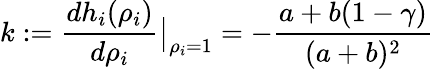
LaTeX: k:=\frac{dh_{i}(\rho_{i})}{d\rho_{i}}\big|_{\rho_{i}=1}=-\frac{a+b(1-\gamma)}{(a+b)^{2}}